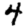
Digit: 4